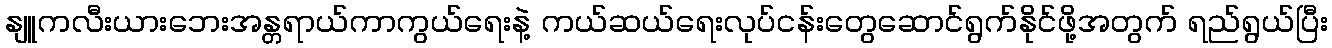
နျူကလီးယားဘေးအန္တရာယ်ကာကွယ်ရေးနဲ့ ကယ်ဆယ်ရေးလုပ်ငန်းတွေဆောင်ရွက်နိုင်ဖို့အတွက် ရည်ရွယ်ပြီး